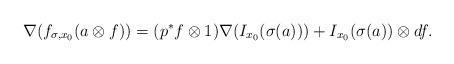
LaTeX: \begin{align*}\nabla(f_{\sigma,x_0}(a\otimes f))=(p^*f \otimes 1)\nabla(I_{x_0}(\sigma(a)))+I_{x_0}(\sigma(a)) \otimes df. \end{align*}